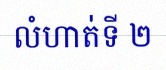
លំហាត់ទី ២